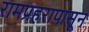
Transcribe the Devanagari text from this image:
रामप्रहरापासून